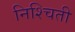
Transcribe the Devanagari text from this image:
निश्‍चिती